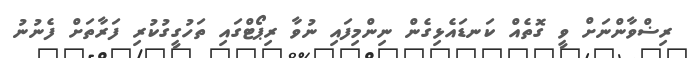
ރިޟްވާންނަށް ވީ ގޮތެއް ކަނޑައެޅިގެން ނިންމިފައި ނުވާ ރިޕޯޓްގައި ތަހުގީގުކުރި ފަރާތަށް ފެނުނު